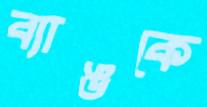
ব্যাঙকে